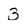
Character: 3